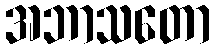
အဘာသတော